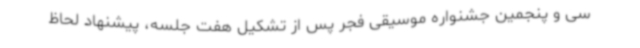
سی و پنجمین جشنواره موسیقی فجر پس از تشکیل هفت جلسه، پیشنهاد لحاظ